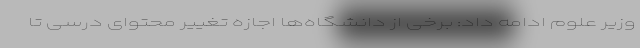
وزیر علوم ادامه داد: برخی از دانشگاه‌ها اجازه تغییر محتوای درسی تا